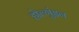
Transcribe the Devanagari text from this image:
होल्गुंइन